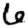
Digit: 6